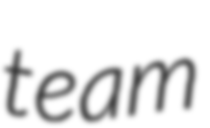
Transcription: team